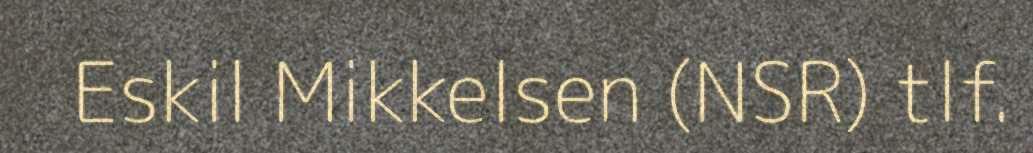
Eskil Mikkelsen (NSR) tlf.